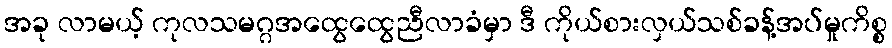
အခု လာမယ့် ကုလသမဂ္ဂအထွေထွေညီလာခံမှာ ဒီ ကိုယ်စားလှယ်သစ်ခန့်အပ်မှုကိစ္စ